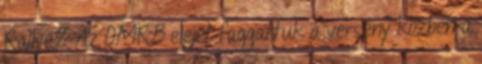
Rallye2 Az OMRB elejét faggattuk a verseny közben a